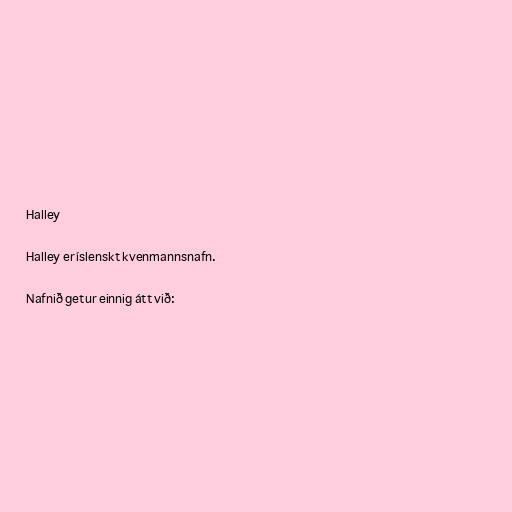
Halley

Halley er íslenskt kvenmannsnafn.

Nafnið getur einnig átt við: